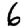
Digit: 6